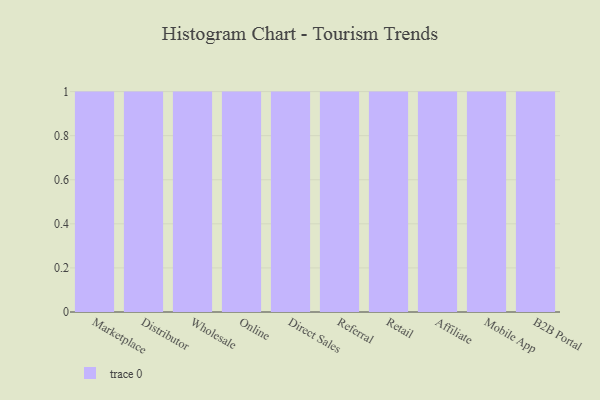
{"axis": {"x": "Channel", "y": "Customer Acquisition Cost (USD)"}, "legend": [""], "data": [{"x": "Marketplace", "y": 49, "type": ""}, {"x": "Distributor", "y": 60, "type": ""}, {"x": "Wholesale", "y": 68, "type": ""}, {"x": "Online", "y": 76, "type": ""}, {"x": "Direct Sales", "y": 47, "type": ""}, {"x": "Referral", "y": 16, "type": ""}, {"x": "Retail", "y": 45, "type": ""}, {"x": "Affiliate", "y": 24, "type": ""}, {"x": "Mobile App", "y": 13, "type": ""}, {"x": "B2B Portal", "y": 82, "type": ""}]}